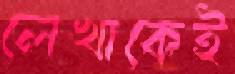
লেখাকেই